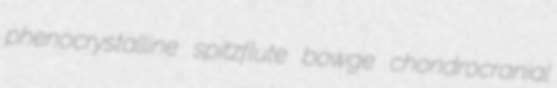
phenocrystalline spitzflute bowge chondrocranial